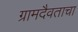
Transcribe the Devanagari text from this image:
ग्रामदैवताचा